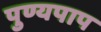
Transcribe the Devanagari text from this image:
पुण्यपाप